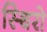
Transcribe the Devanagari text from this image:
स्थिरो